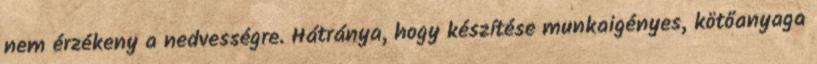
nem érzékeny a nedvességre. Hátránya, hogy készítése munkaigényes, kötőanyaga